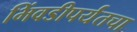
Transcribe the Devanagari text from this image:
भिंवडीपर्यंतचा